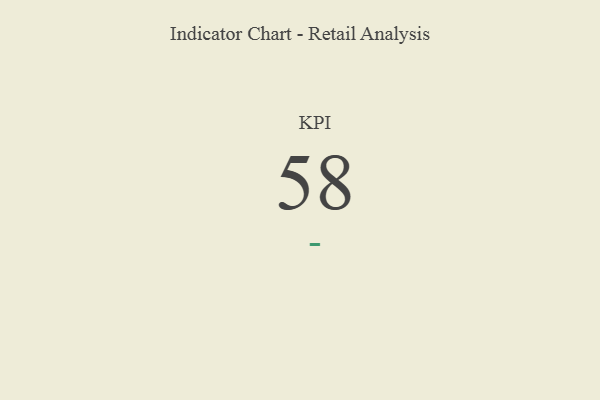
{"axis": {"x": "KPI", "y": "Value"}, "legend": [""], "data": [{"x": "KPI", "y": 58, "type": ""}]}